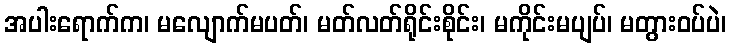
အပါးရောက်က၊ မလျောက်မပတ်၊ မတ်လတ်ရိုင်းစိုင်း၊ မကိုင်းမပျပ်၊ မတွားဝပ်ပဲ၊